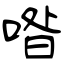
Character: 喒